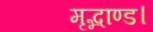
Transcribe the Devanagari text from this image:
मृद्भाण्ड।